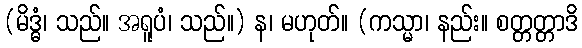
(မိဒ္ဓံ၊ သည်။ အရူပံ၊ သည်။) န၊ မဟုတ်။ (ကသ္မာ၊ နည်း။ စတ္တတ္တာဒိ